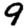
Digit: 9